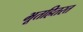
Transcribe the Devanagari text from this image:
भूतहितरत